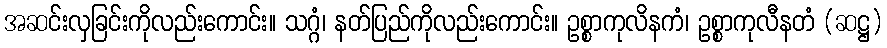
အဆင်းလှခြင်းကိုလည်းကောင်း။ သဂ္ဂံ၊ နတ်ပြည်ကိုလည်းကောင်း။ ဥစ္စာကုလိနကံ၊ ဥစ္စာကုလီနတံ (ဆဋ္ဌ)